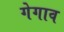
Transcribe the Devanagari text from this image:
गेगाव